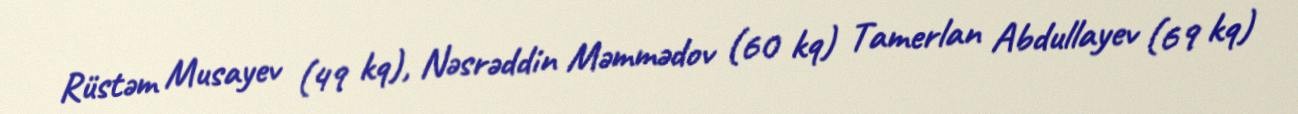
Rüstəm Musayev (49 kq), Nəsrəddin Məmmədov (60 kq) Tamerlan Abdullayev (69 kq)